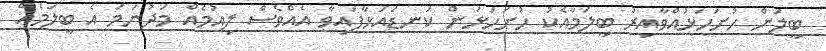
ބީލަން ހުށަހަޅުއްވާއިރު ބީލަމާއެކު ހުށަހަޅަން ކަނޑައަޅާފައިވާ އެއްވެސް ލިއުމެއް މަދުނަމަ އެ ބީލަމެއް